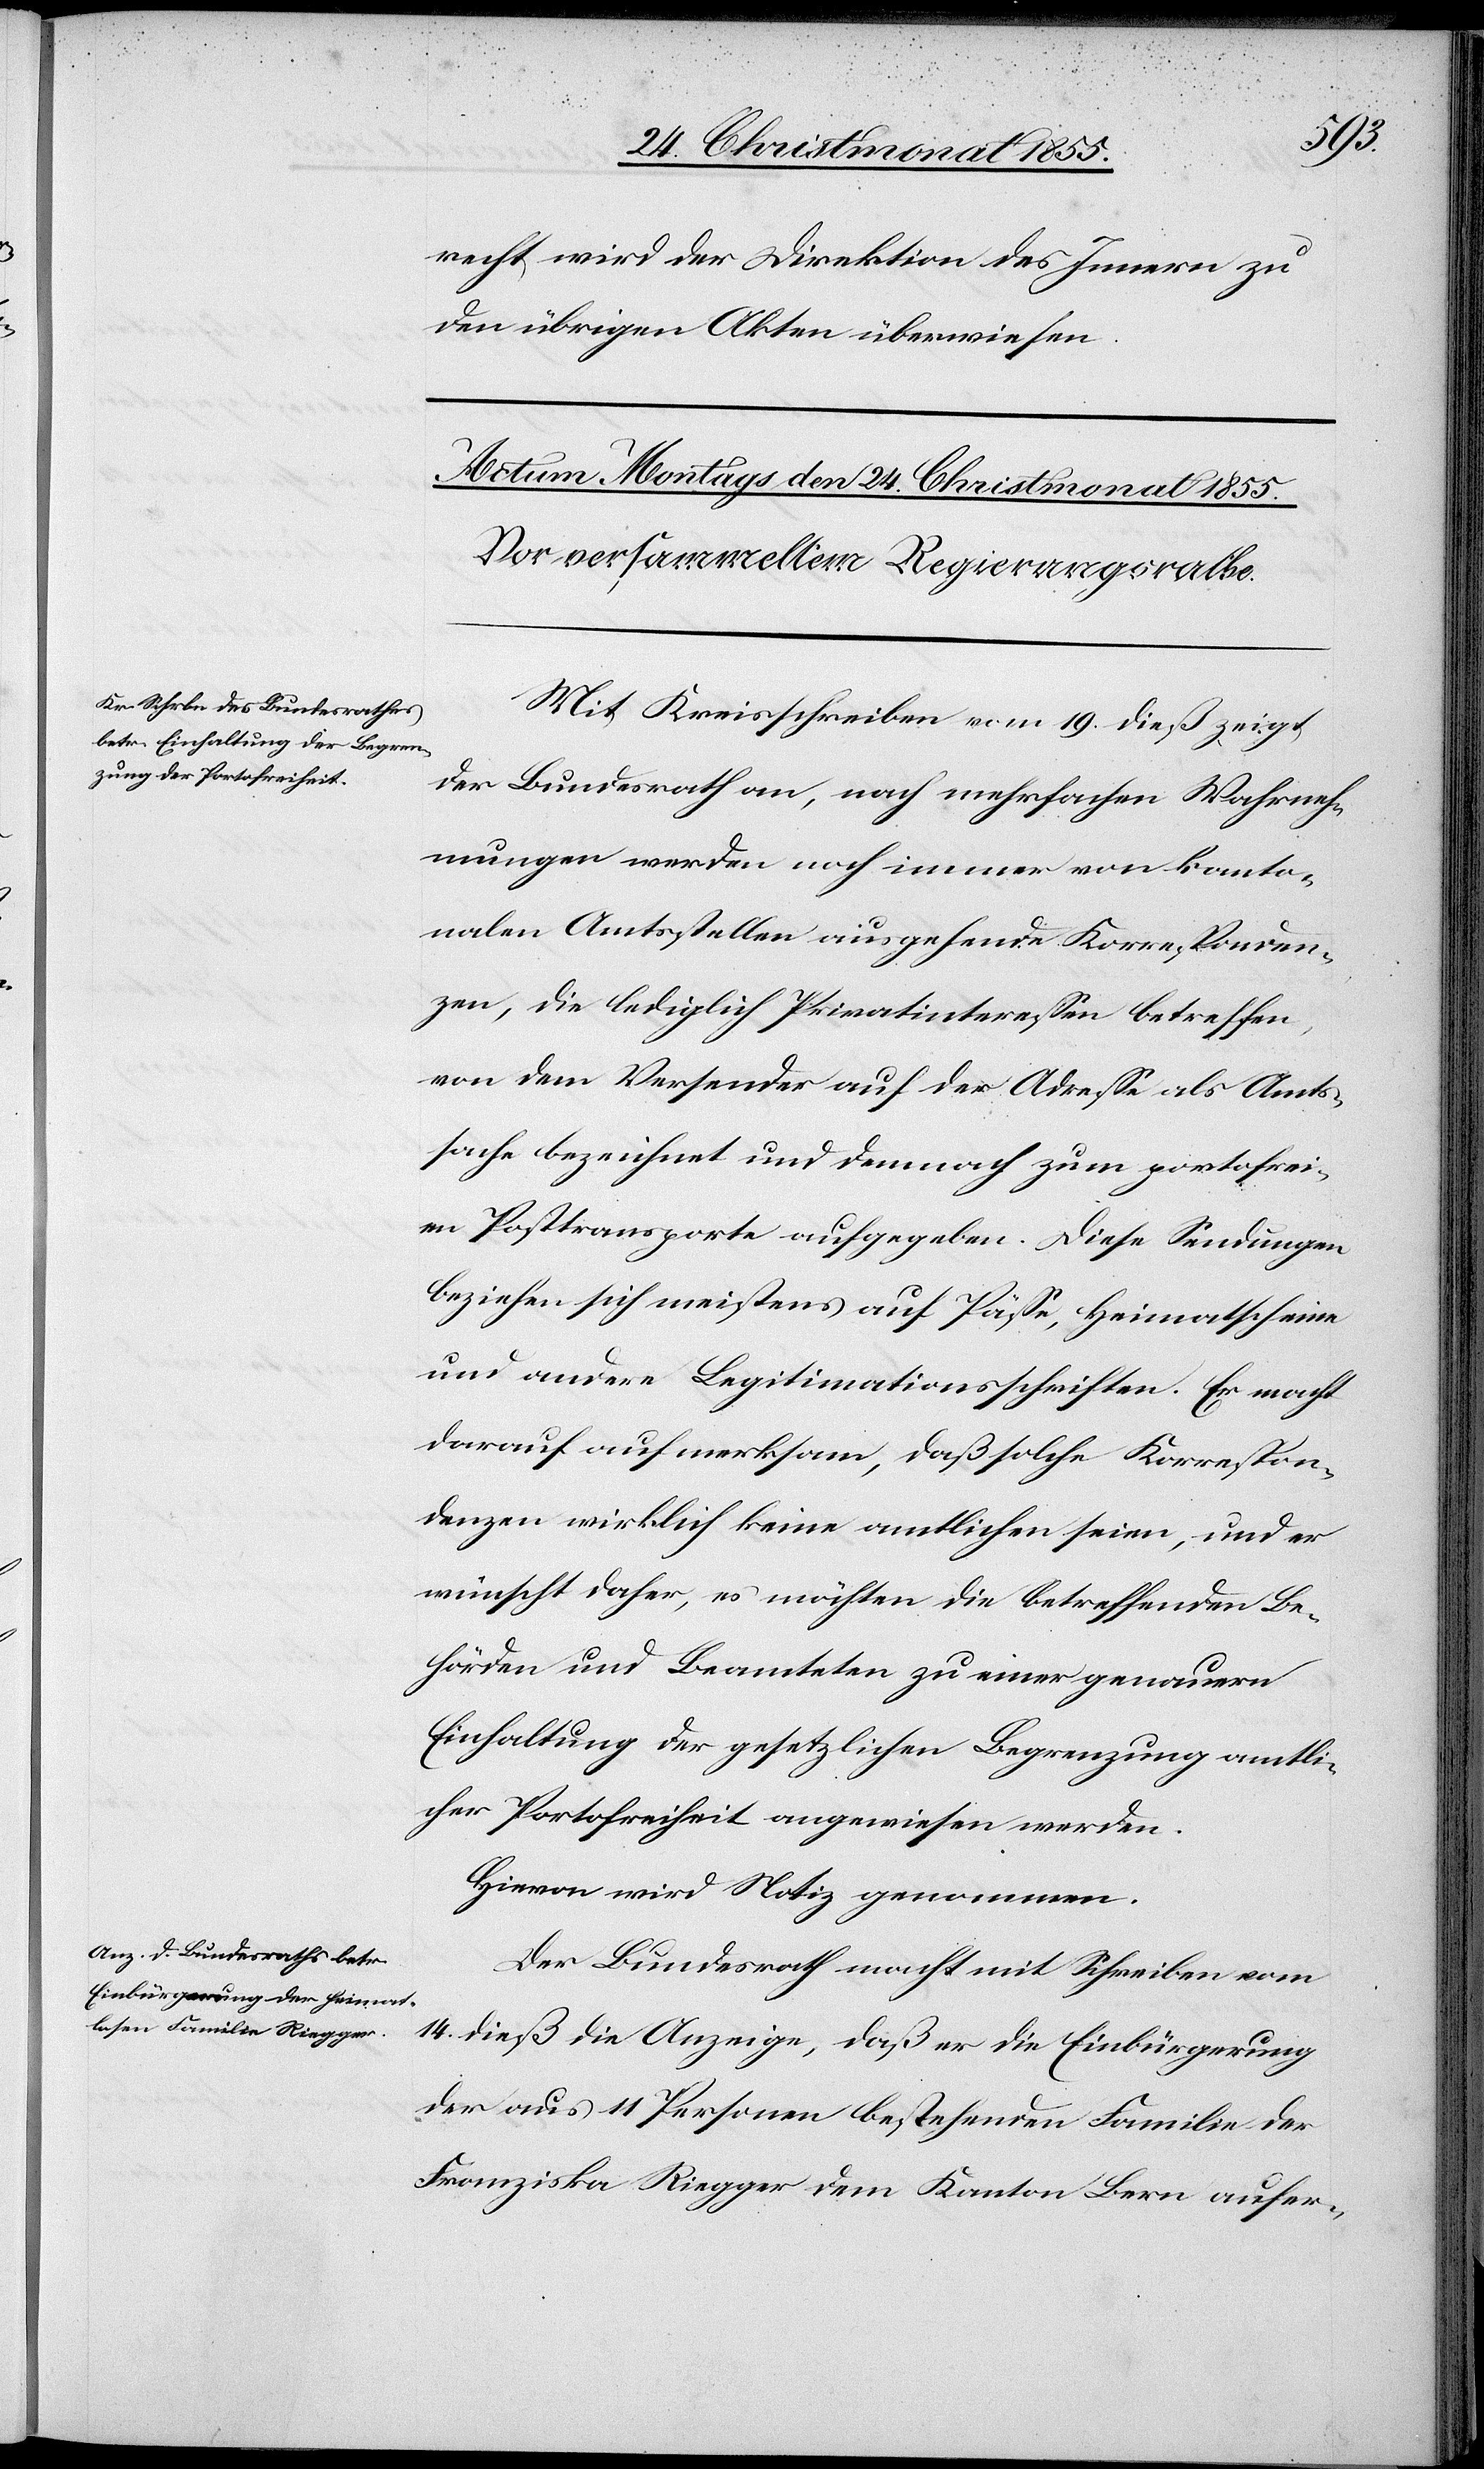
recht wird der Direktion des Innern zu
den übrigen Akten überwiesen.
Mit Kreisschreiben vom 19. dieß zeigt
der Bundesrath an, nach mehrfachen Wahrneh¬
mungen werden noch immer von kanto¬
nalen Amtsstellen ausgehende Korresponden¬
zen, die lediglich Privatinteressen betreffen,
von dem Versender auf der Adresse als Amts¬
sache bezeichnet und demnach zum portofrei¬
en Posttransporte aufgegeben. Diese Sendungen
beziehen sich meistens auf Pässe, Heimatscheine
und andere Legitimationsschriften. Er macht
darauf aufmerksam, daß solche Korrespon¬
denzen wirklich keine amtlichen seien, und er
wünscht daher, es möchten die betreffenden Be¬
hörden und Beamteten zu einer genauern
Einhaltung der gesetzlichen Begrenzung amtli¬
cher Portofreiheit angewiesen werden.
Hievon wird Notiz genommen.
Der Bundesrath macht mit Schreiben vom
14. dieß die Anzeige, daß er die Einbürgerung
der aus 11 Personen bestehenden Familie der
Franziska Riegger dem Kanton Bern aufer-